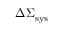
\Delta \Sigma _ { \mathrm { s y s } }